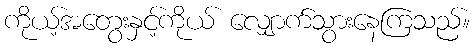
ကိုယ့်အတွေးနှင့်ကိုယ် လျှောက်သွားနေကြသည်။